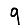
Digit: 9